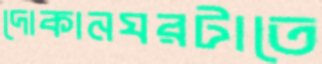
দোকানঘরটাতে